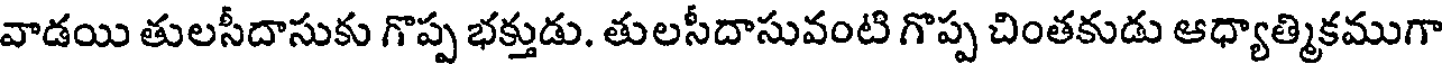
వాడయి తులసీదాసుకు గొప్ప భక్తుడు. తులసీదాసువంటి గొప్ప చింతకుడు ఆధ్యాత్మికముగా